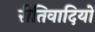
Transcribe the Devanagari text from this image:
रीतिवादियों